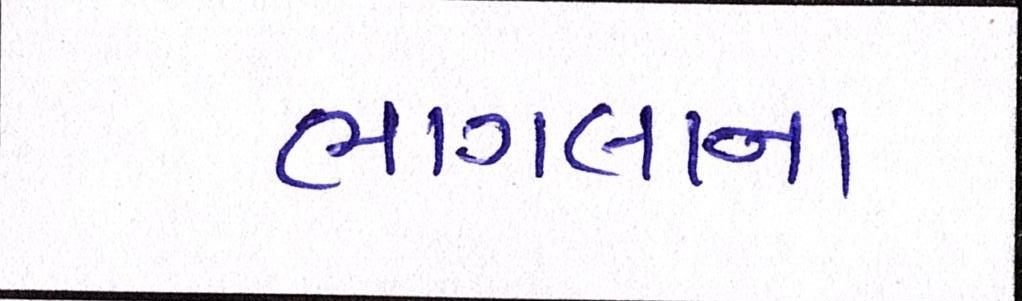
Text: ભાગલાના